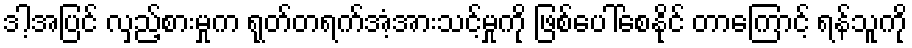
ဒါ့အပြင် လှည့်စားမှုက ရုတ်တရက်အံ့အားသင့်မှုကို ဖြစ်ပေါ်စေနိုင် တာကြောင့် ရန်သူကို